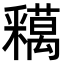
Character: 𨤞